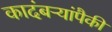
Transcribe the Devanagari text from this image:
कादंबऱ्यांपैकी